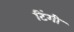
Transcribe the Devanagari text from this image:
टिंगी